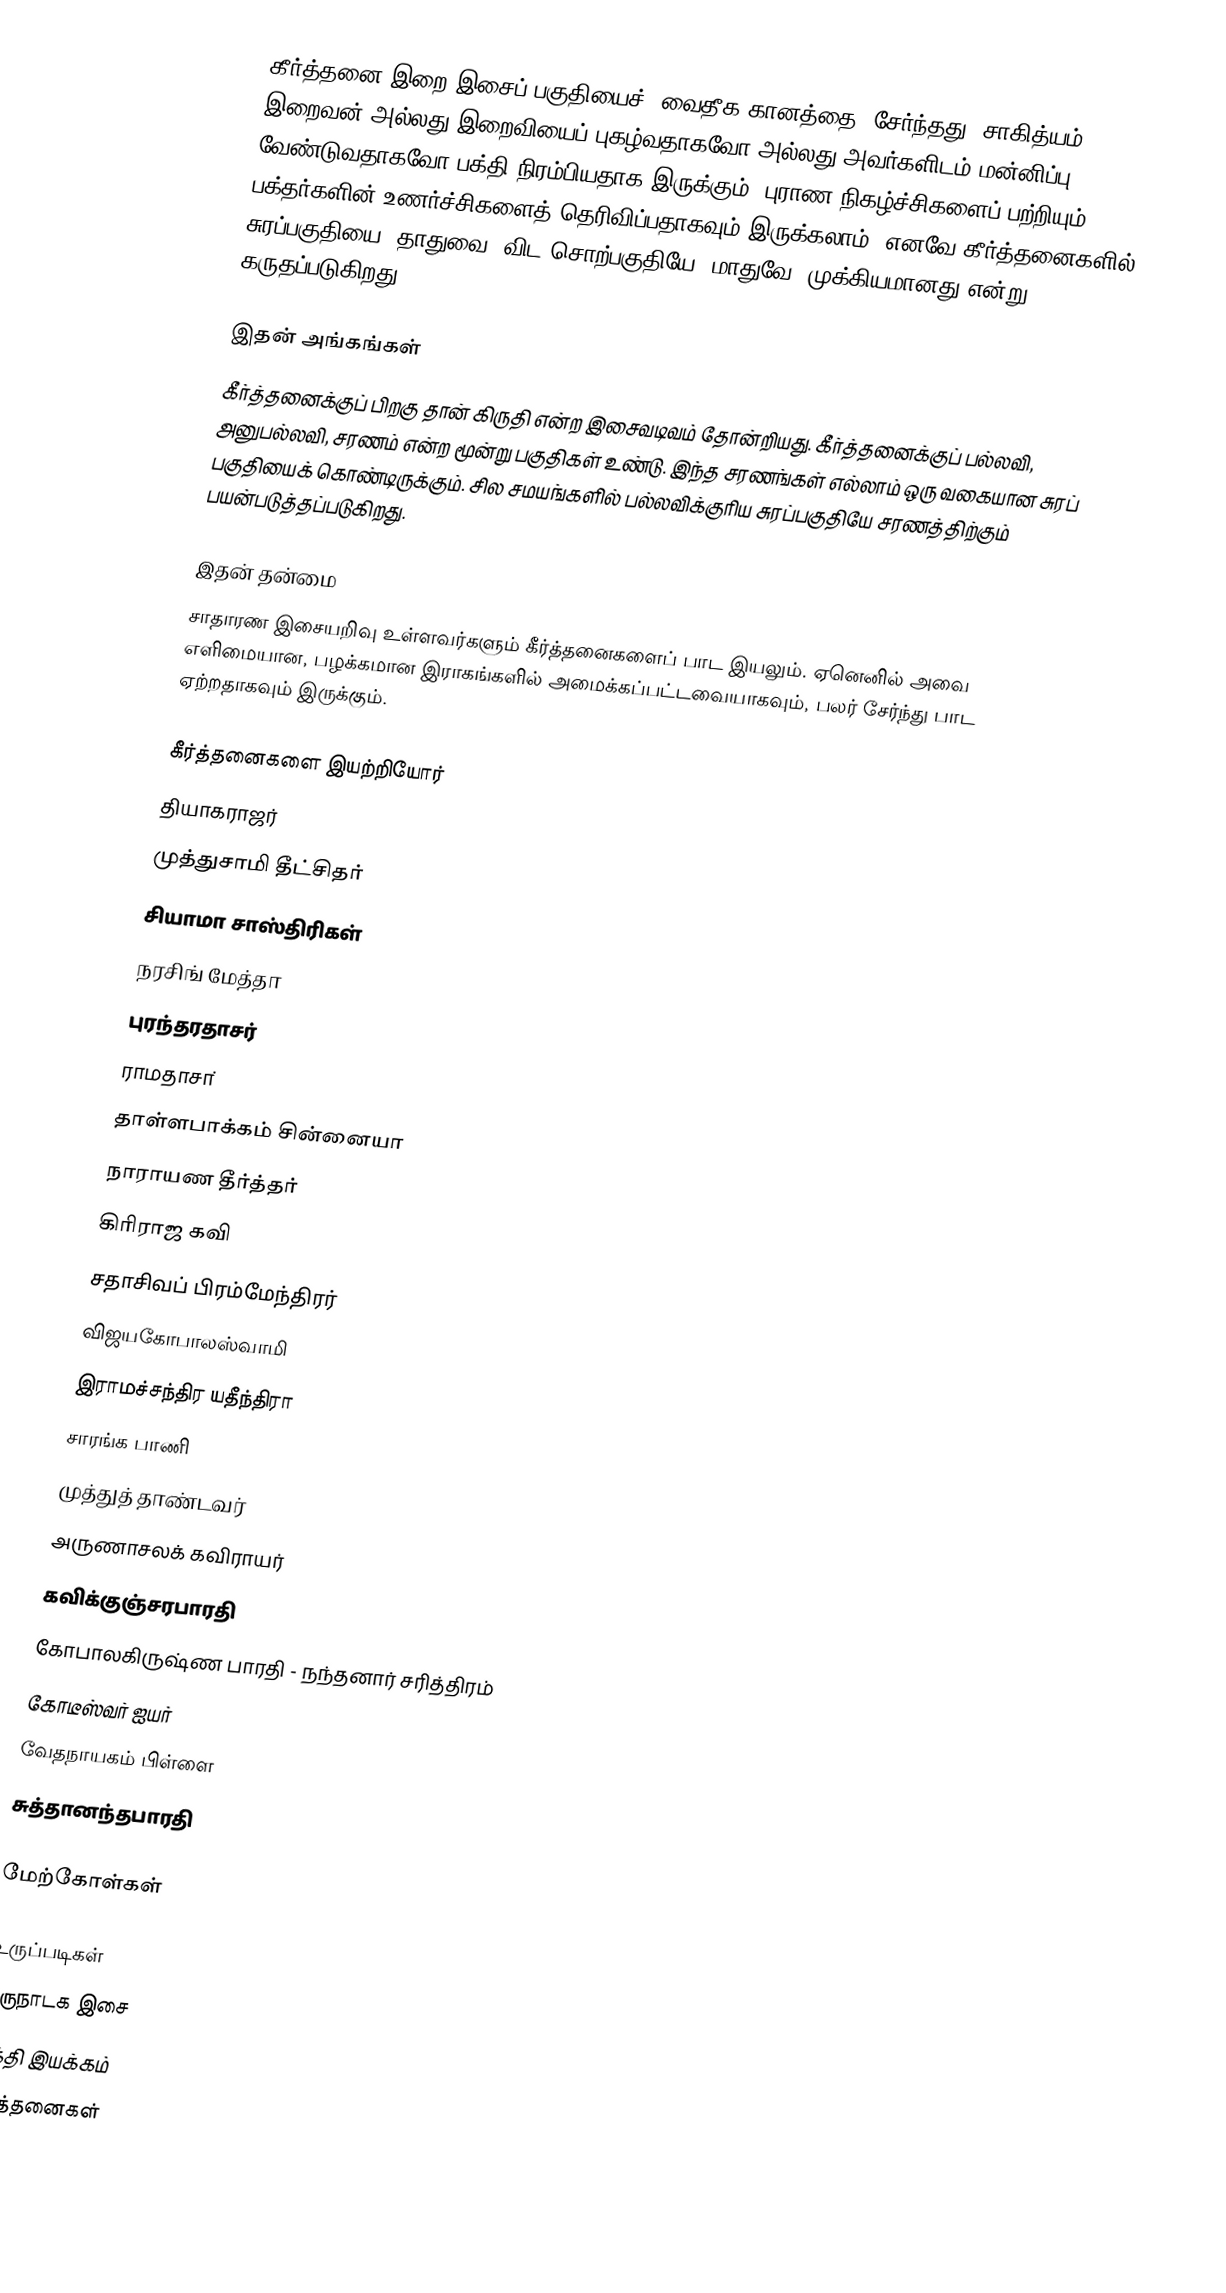
கீர்த்தனை இறை இசைப் பகுதியைச் (வைதீக கானத்தை) சேர்ந்தது. சாகித்யம் இறைவன் அல்லது இறைவியைப் புகழ்வதாகவோ அல்லது அவர்களிடம் மன்னிப்பு வேண்டுவதாகவோ பக்தி நிரம்பியதாக இருக்கும். புராண நிகழ்ச்சிகளைப் பற்றியும் பக்தர்களின் உணர்ச்சிகளைத் தெரிவிப்பதாகவும் இருக்கலாம். எனவே கீர்த்தனைகளில் சுரப்பகுதியை (தாதுவை) விட சொற்பகுதியே (மாதுவே) முக்கியமானது என்று கருதப்படுகிறது.

இதன் அங்கங்கள்
கீர்த்தனைக்குப் பிறகு தான் கிருதி என்ற இசைவடிவம்  தோன்றியது. கீர்த்தனைக்குப் பல்லவி, அனுபல்லவி, சரணம் என்ற மூன்று பகுதிகள் உண்டு. இந்த சரணங்கள் எல்லாம் ஒரு வகையான சுரப் பகுதியைக் கொண்டிருக்கும். சில சமயங்களில் பல்லவிக்குரிய சுரப்பகுதியே சரணத்திற்கும் பயன்படுத்தப்படுகிறது.

இதன் தன்மை
சாதாரண இசையறிவு உள்ளவர்களும் கீர்த்தனைகளைப் பாட இயலும். ஏனெனில் அவை எளிமையான, பழக்கமான இராகங்களில் அமைக்கப்பட்டவையாகவும், பலர் சேர்ந்து பாட ஏற்றதாகவும் இருக்கும்.

கீர்த்தனைகளை இயற்றியோர்
 தியாகராஜர்
 முத்துசாமி தீட்சிதர்
 சியாமா சாஸ்திரிகள்
 நரசிங் மேத்தா
 புரந்தரதாசர்
  ராமதாசா்
 தாள்ளபாக்கம் சின்னையா
 நாராயண தீர்த்தர்
 கிரிராஜ கவி
 சதாசிவப் பிரம்மேந்திரர்
 விஜயகோபாலஸ்வாமி
 இராமச்சந்திர யதீந்திரா
 சாரங்க பாணி
 முத்துத் தாண்டவர்
 அருணாசலக் கவிராயர்
 கவிக்குஞ்சரபாரதி
 கோபாலகிருஷ்ண பாரதி - நந்தனார் சரித்திரம்
 கோடீஸ்வர் ஐயர்
 வேதநாயகம் பிள்ளை
 சுத்தானந்தபாரதி

மேற்கோள்கள்

உருப்படிகள்
கருநாடக இசை
பக்தி இயக்கம்
கீர்த்தனைகள்